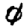
Digit: 0